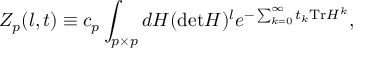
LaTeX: Z _ { p } ( l , t ) \equiv c _ { p } \int _ { p \times p } d H ( \mathrm { d e t } H ) ^ { l } e ^ { - \sum _ { k = 0 } ^ { \infty } t _ { k } \mathrm { T r } H ^ { k } } ,